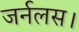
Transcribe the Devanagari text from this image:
जर्नलस।